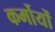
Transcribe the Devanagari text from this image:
कर्मोयों